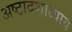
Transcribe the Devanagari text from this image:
अष्टादशाध्याय